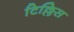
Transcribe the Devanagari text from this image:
टिल्लिस